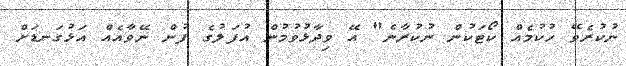
ނުކުރެވޭ ހުކުމެއް ކޯޓަކުން ނުކުރާނެ" އޭ ވިދާޅުވުމުން އުފަލުގެ ފުން ނޭވާއެއް އަޅުގަނޑަށް